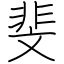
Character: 斐